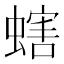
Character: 螛